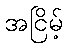
အငြိမ့်